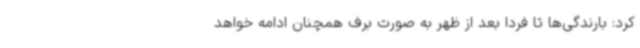
کرد: بارندگی‌ها تا فردا بعد از ظهر به‌ صورت برف همچنان ادامه خواهد